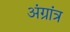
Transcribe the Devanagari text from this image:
अंग्रांत्र